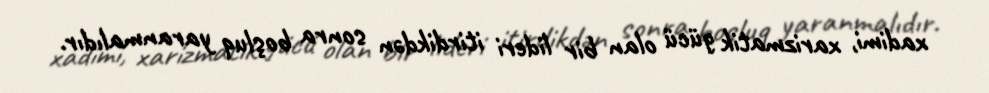
xadimi, xarizmatik gücü olan bir lideri itirdikdən sonra boşluq yaranmalıdır.